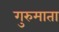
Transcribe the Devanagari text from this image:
गुरुमाता